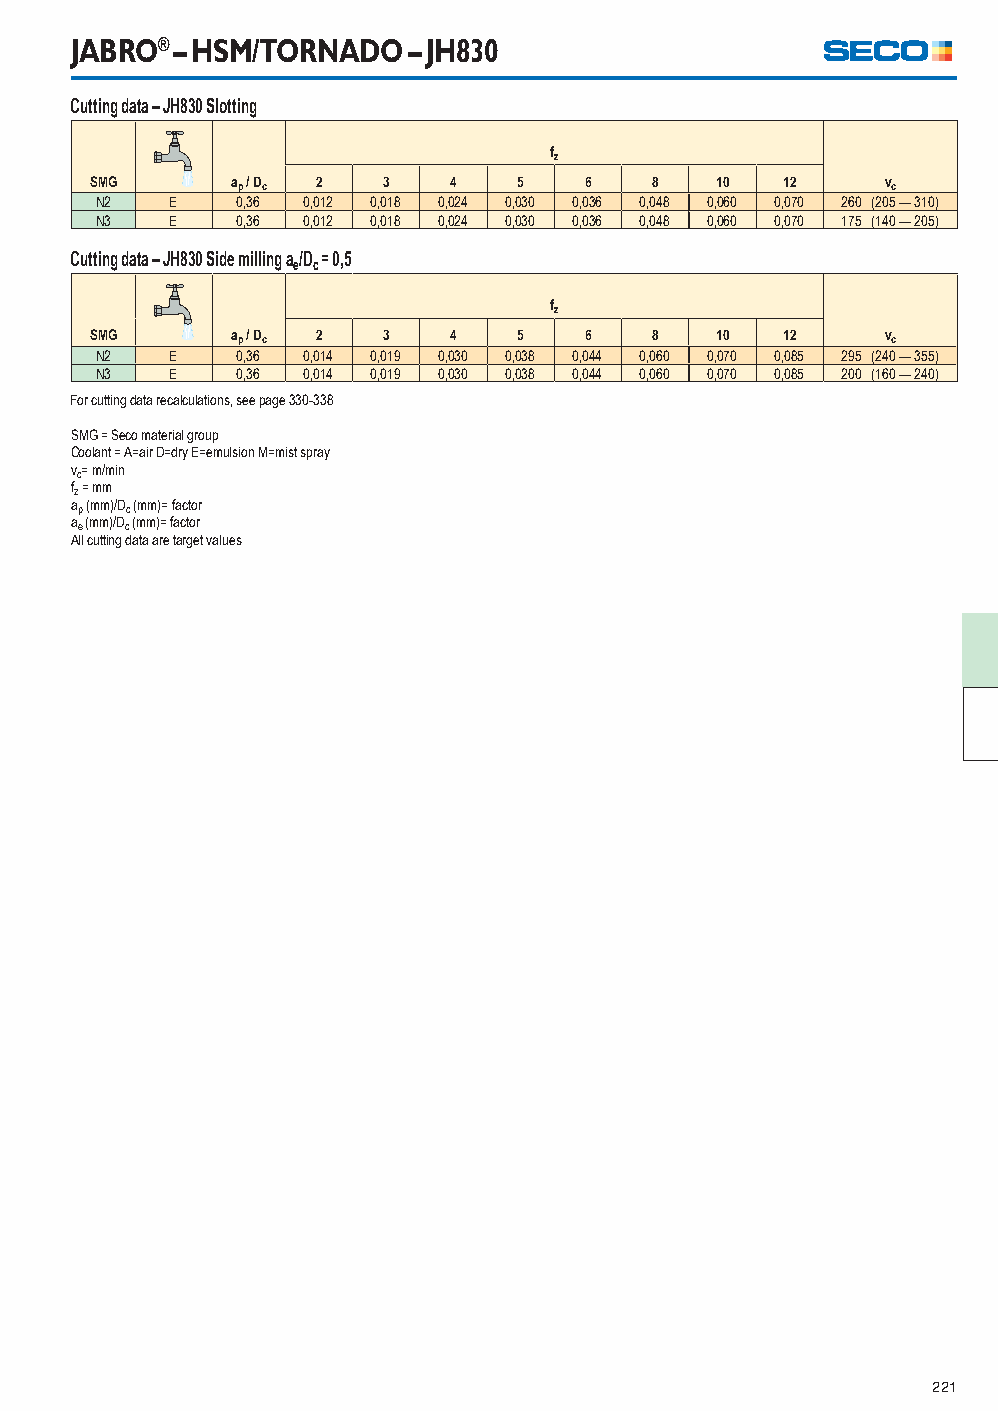
JABRO® – HSM/TORNADO  – JH830
 Cutting data – JH830 Slotting
 fz
 SMG      ap / Dc 2 3    4   5    6   8   10   12     vc
 N2   E    0,36 0,012 0,018 0,024 0,030 0,036 0,048 0,060 0,070 260 (205 — 310)
 N3   E    0,36 0,012 0,018 0,024 0,030 0,036 0,048 0,060 0,070 175 (140 — 205)
 Cutting data – JH830 Side milling a/D = 0,5
 e c
 fz
 SMG      ap / Dc 2 3    4   5    6   8   10   12     vc
 N2   E    0,36 0,014 0,019 0,030 0,038 0,044 0,060 0,070 0,085 295 (240 — 355)
 N3   E    0,36 0,014 0,019 0,030 0,038 0,044 0,060 0,070 0,085 200 (160 — 240)
 For cutting data recalculations, see page 330-338
 SMG = Seco material group
 Coolant = A=air D=dry E=emulsion M=mist spray
 vc= m/min
 fz = mm
 ap (mm)/Dc (mm)= factor
 ae (mm)/Dc (mm)= factor
 All cutting data are target values
 221